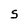
Character: S